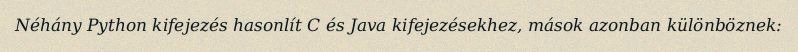
Néhány Python kifejezés hasonlít C és Java kifejezésekhez, mások azonban különböznek: